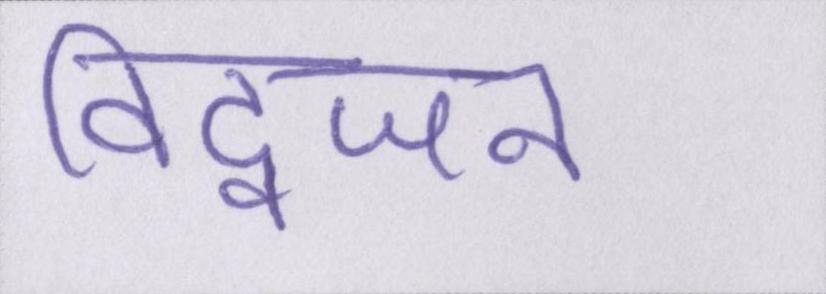
विद्वजन